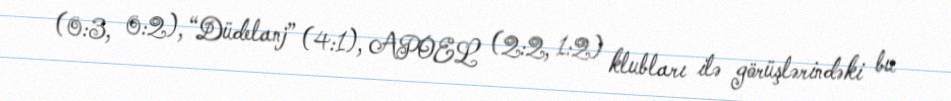
(0:3, 0:2), “Düdelanj” (4:1), APOEL (2:2, 1:2) klubları ilə görüşlərindəki bu